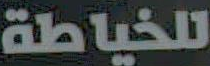
للخياطة